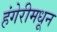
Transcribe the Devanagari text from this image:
हंगेरीमधून